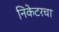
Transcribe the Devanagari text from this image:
निकेटरचा